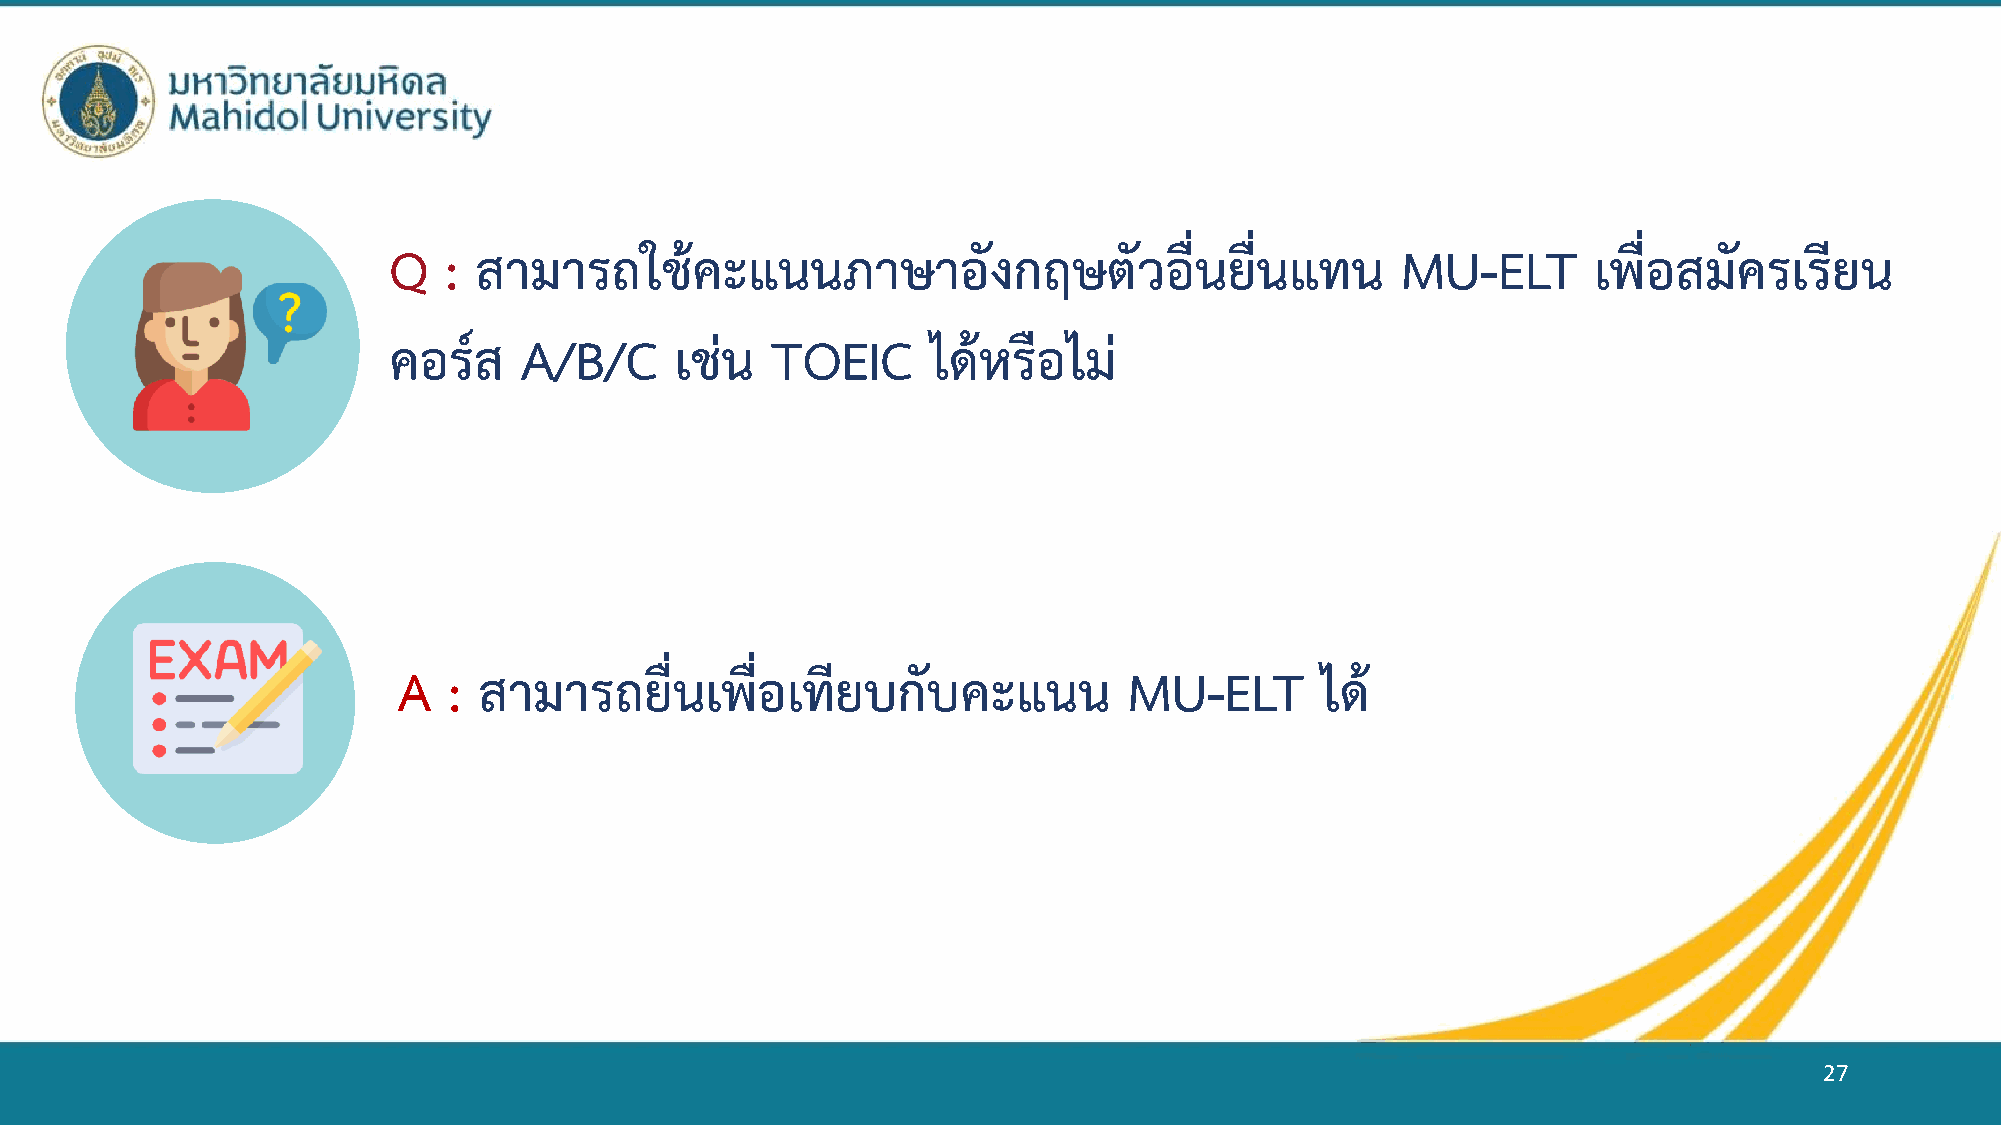
Q  : สามารถใช้คะแนนภาษาอังกฤษตัวอื่นยื่นแทน                        MU-ELT      เพื่อสมัครเรียน
 คอร์ส   A/B/C      เช่น  TOEIC      ได้หรือไม่
 A   : สามารถยื่นเพื่อเทียบกับคะแนน               MU-ELT      ได้
 27